Indian journal of veterinary science and animal husbandry - Volume 8,
Year: 1938
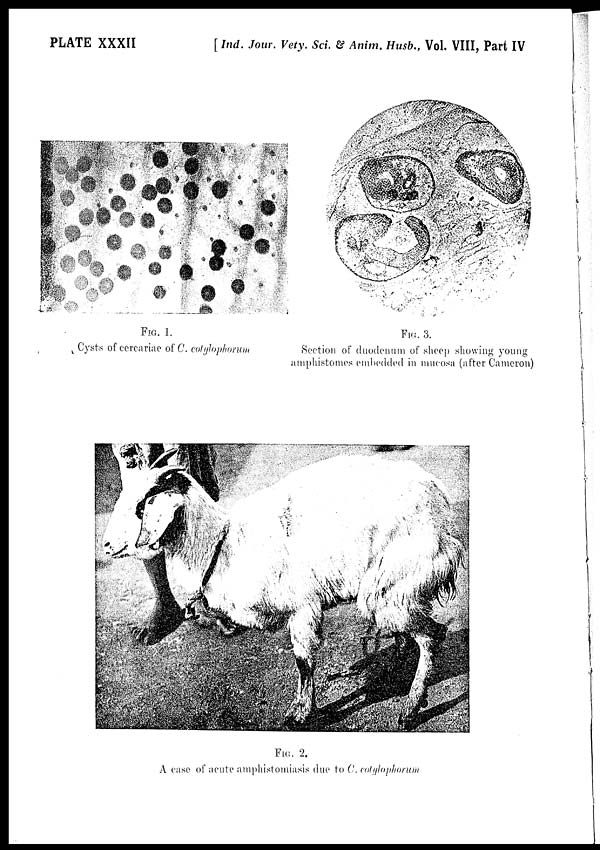
PLATE XXXII
[ Ind. Jour. Vety. Sci. & Anim. Husb., Vol. VIII, Part IV
FIG. 1.
Cysts of cercariae of C. cotylophorum
FIG. 2.
A case of acute amphistomiasis due to C. cotylophorum
FIG. 3.
Section of duodenum of sheep showing young
amphistomes embedded in mucosa (after Cameron)